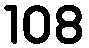
108